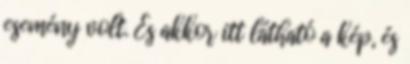
esemény volt. És akkor itt látható a kép, és